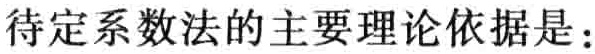
待定系数法的主要理论依据是：